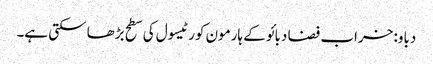
دباو: خراب فضا دبائو کے ہارمون کورٹیسول کی سطح بڑھا سکتی ہے۔